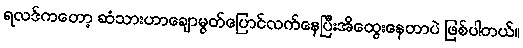
ရလဒ်ကတော့ ဆံသားဟာချောမွတ်ပြောင်လက်နေပြီးအိထွေးနေတာပဲ ဖြစ်ပါတယ်။